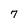
Character: 7